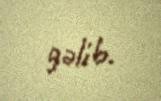
gəlib.